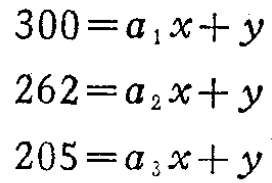
\[

\begin{align*}

300&=a_{1}x + y\\

262&=a_{2}x + y\\

205&=a_{3}x + y

\end{align*}

\]